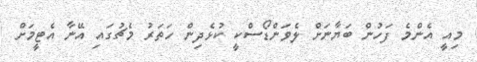
މިއީ އެންމެ ފަހުން ބަޔާނަށް ލެވަންޑޯސްކީ ކުޅެދިން ހަތަރު މެޗުގައި އޭނާ އެޓީމަށް